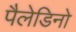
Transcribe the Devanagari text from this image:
पैलेडिनो